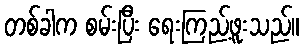
တစ်ခါက စမ်းပြီး ရေးကြည့်ဖူးသည်။